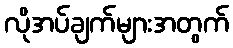
လိုအပ်ချက်များအတွက်